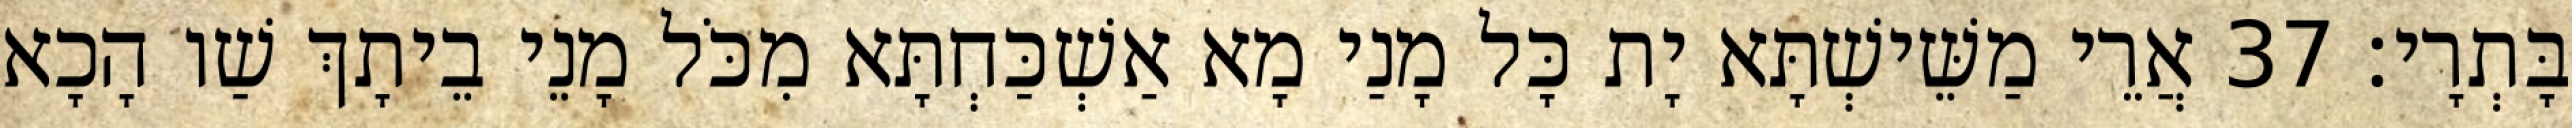
בָּתְרָי׃ 37 אֲרֵי מַשֵּׁישְׁתָּא יָת כָּל מָנַי מָא אַשְׁכַּחְתָּא מִכֹּל מָנֵי בֵיתָךְ שַׁו הָכָא